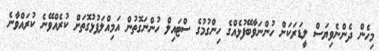
މިހެން ދެންނެވިޔަސް ލީޑަރަކަށް ހުންނަވާބޭފުޅެއްގެ ހިންގުމުގެ ސްޓައިލް ހުންނަގޮތުން އަމިއްލަފުޅުގޮތަށް ކުރެއްވޭނެ ކުރައްވާނެ